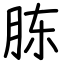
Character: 胨